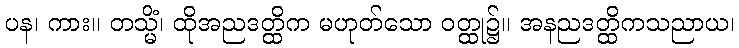
ပန၊ ကား။ တသ္မိံ၊ ထိုအညဒတ္ထိက မဟုတ်သော ဝတ္ထု၌။ အနညဒတ္ထိကသညာယ၊